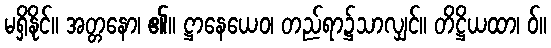
မရှိနိုင်။ အတ္တနော၊ ၏။ ဋ္ဌာနေယေဝ၊ တည်ရာ၌သာလျှင်။ တိဋ္ဌိယထာ၊ ဝ်။